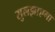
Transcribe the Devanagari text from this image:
सुलझाएगा